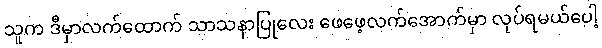
သူက ဒီမှာလက်ထောက် သာသနာပြုလေး ဖေဖေ့လက်အောက်မှာ လုပ်ရမယ်ပေါ့